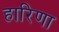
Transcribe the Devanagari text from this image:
हारिणा